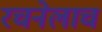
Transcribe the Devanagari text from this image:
रचनेलाच